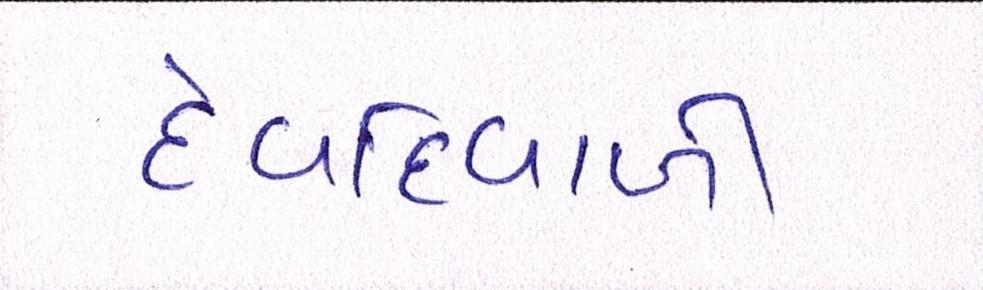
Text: દેવદિવાળી